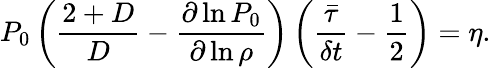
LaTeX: P_{0}\left(\frac{2+D}{D}-\frac{\partial\ln P_{0}}{\partial\ln\rho}\right)\left(\frac{\bar{\tau}}{\delta t}-\frac{1}{2}\right)=\eta.